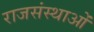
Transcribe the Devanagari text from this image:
राजसंस्थाओं